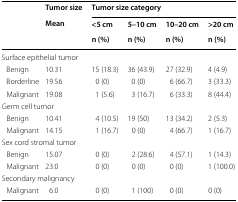
| <ROWSPAN=3>  | Tumor size | <COLSPAN=4> Tumor size category |
 | <ROWSPAN=2> Mean | <5 cm | 5–10 cm | 10–20 cm | >20 cm |
 | n (%) | n (%) | n (%) | n (%) |
 | --- | --- | --- | --- | --- | --- |
 | <COLSPAN=6> Surface epithelial tumor |
 | Benign | 10.31 | 15 (18.3) | 36 (43.9) | 27 (32.9) | 4 (4.9) |
 | Borderline | 19.56 | 0 (0) | 0 (0) | 6 (66.7) | 3 (33.3) |
 | Malignant | 19.08 | 1 (5.6) | 3 (16.7) | 6 (33.3) | 8 (44.4) |
 | <COLSPAN=6> Germ cell tumor |
 | Benign | 10.41 | 4 (10.5) | 19 (50) | 13 (34.2) | 2 (5.3) |
 | Malignant | 14.15 | 1 (16.7) | 0 (0) | 4 (66.7) | 1 (16.7) |
 | <COLSPAN=6> Sex cord stromal tumor |
 | Benign | 15.07 | 0 (0) | 2 (28.6) | 4 (57.1) | 1 (14.3) |
 | Malignant | 23.0 | 0 (0) | 0 (0) | 0 (0) | 1 (100.0) |
 | <COLSPAN=6> Secondary malignancy |
 | Malignant | 6.0 | 0 (0) | 1 (100) | 0 (0) | 0 (0) |